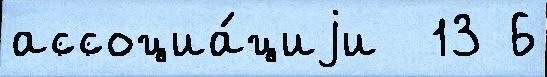
ассоциа́циjи  13 6